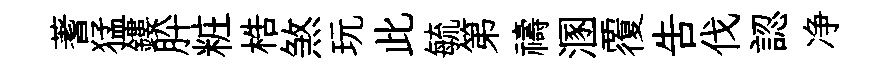
蓍猛鏤肸粧梏煞玩此毓第禱溷覆吿伐認净